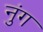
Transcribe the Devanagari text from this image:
नुंग